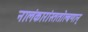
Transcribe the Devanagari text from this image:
नालंकारांस्ततोल्बणान्